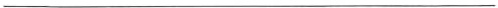
___